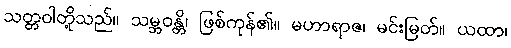
သတ္တဝါတို့သည်။ သမ္ဘဝန္တိ၊ ဖြစ်ကုန်၏။ မဟာရာဇ၊ မင်းမြတ်။ ယထာ၊